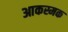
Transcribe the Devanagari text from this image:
आकस्मक